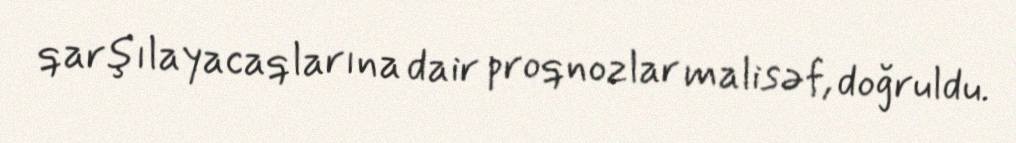
qarşılayacaqlarına dair proqnozlar malisəf, doğruldu.